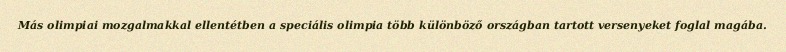
Más olimpiai mozgalmakkal ellentétben a speciális olimpia több különböző országban tartott versenyeket foglal magába.